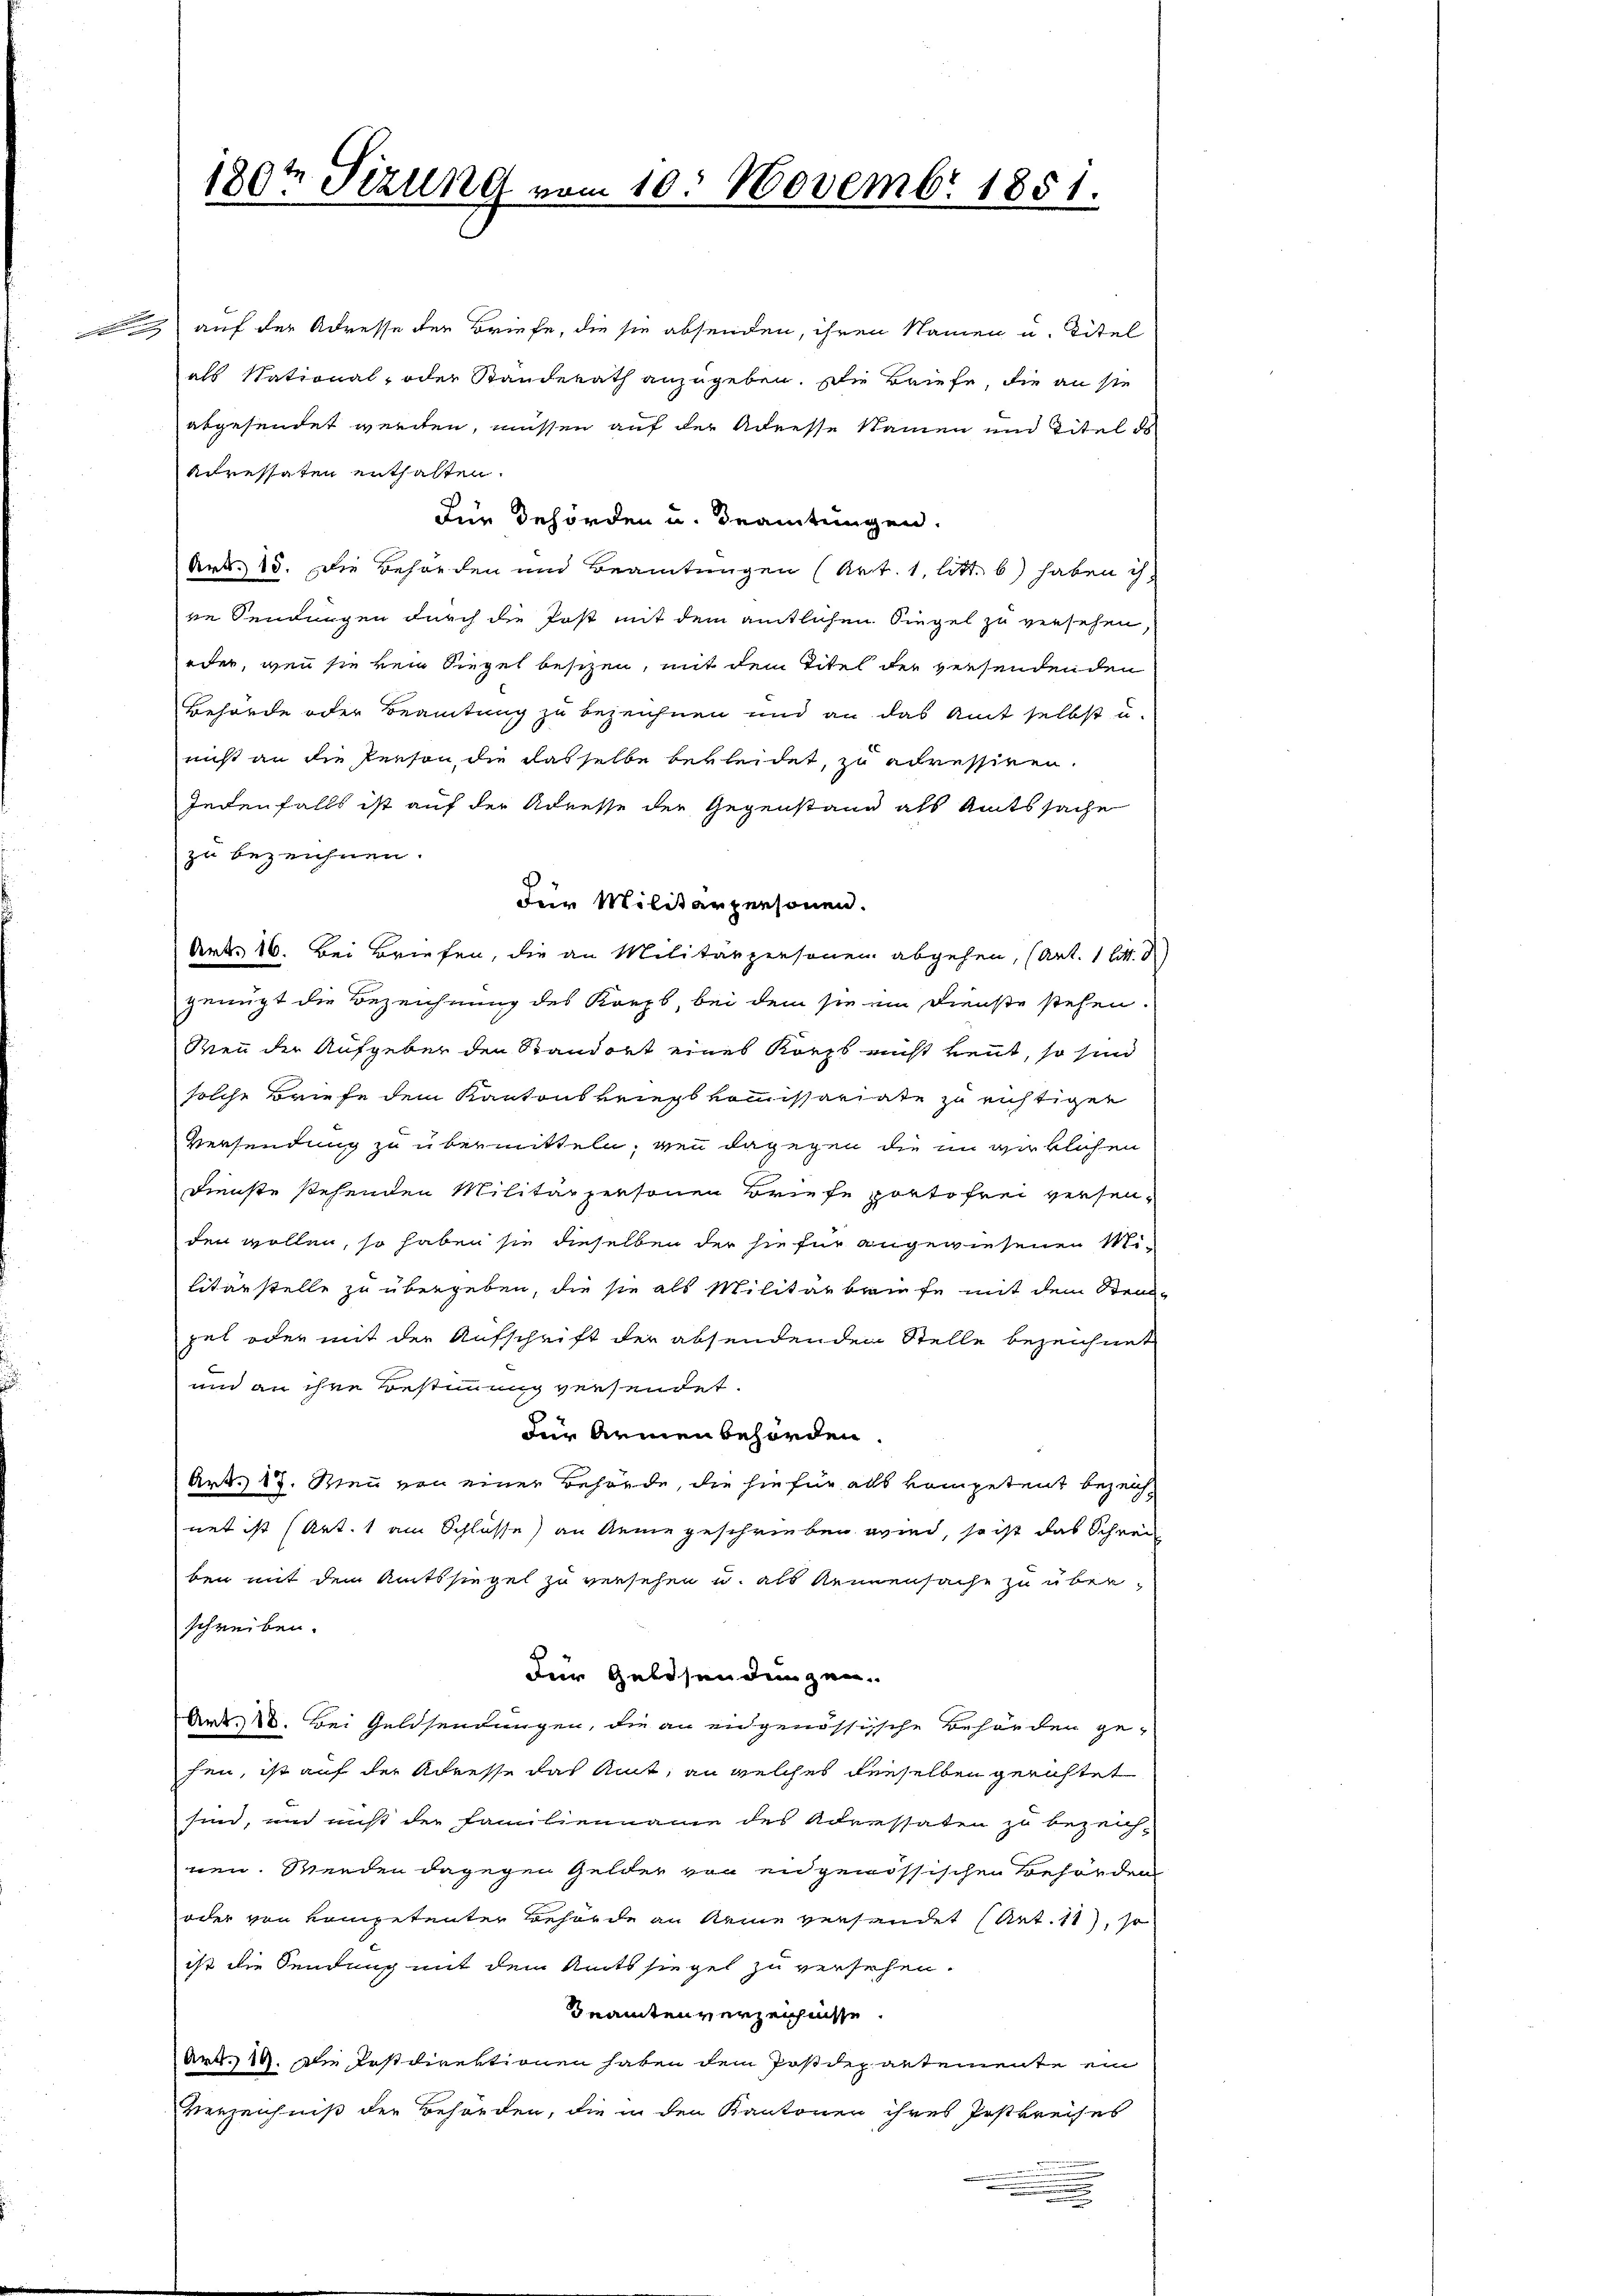
2 auf der Adresse der Briefe, die sie absenden, ihren Namen u. Titel
als National- oder Standerath anzugeben. Die Briefe, die an sie
abgesendet werden, müssen auf der Adresse Namen unn Titel ds
Acressaten enthalten.
Für Behörden u. Brautungen.
Art. 15. Die Behörden und Beamtungen (Art. 1, litt. b) haben ih
ne Sendungen durch die Post mit dem amtlichen Siegel zu versehen,
oder, wenn sie kein Siegel besizen, mit dem Titel der versendenden
Behörde oder Beamtung zu bezeichnen und an das Amt selbst u.
nicht an die Person, die dasselbe bekleidet, zu adressiren.
Jedenfalls ist auf der Adresse der Gegenstand als Amtssache
zu bezeichnen.
Für Militärpersonen.
Art. 16. Bei Briefen, die an Militärpersonen abgehen, (Art. 1 litt. d
genügt die Bezeichnung des Korps, bei dem sie im Dienste stehen.
Wenn der Aufgeber den Standort eines Korps nicht kennt, so sind
solche Briefe dem Kantonskriegskommissariate zu richtigen
Versendung zu übermitteln, von dagegen die in wirklichen
Dienste stehenden Militärpersonen Briefe portofrei versenden wollen, so haben sie dieselben der sie für angewiesenen Militärstelle zu übergeben, die sie als Militärbriefe mit dem Stein-
pel oder mit der Aufschrift der absendenden Stelle bezeichnet
und an ihre Bestimmung versendet.
Für Armenbehörden.
Art. 17. Wenn von einer Behörde, die sie für alls kompetent bezeichnet ist (Art. 1 am Schlüsse) an keine geschrieben wird, so ist das Schrei
ben mit dem Amtssiegel zu versehen u. als Rennensache zu überschreiben.
Für Gelesendungen.
Art. 8. Bei Geldsendungen, die an eidgenössische Behörden ge-
hen, ist auf der Adresse das Amt, an welches denselben gerichtet
sen, und nicht der Familienname des Adressaten zu bezeich-
nen. Werden dagegen Gelder von en genössischen Behörden
oder von Kompetenter Behörde an keine verhandet (Art. 11), so
ist die Sendung mit dem Amtssiegel zu versehen.
Gnamtenverzeichnisse.
Art. 14. Die Postdirektionen haben dem Postdepartemente ein
Verzeichniß der Behörden, die in den Kantonen ihres Postkreises

180te Sizung vom 10. Novembr 1851.
2